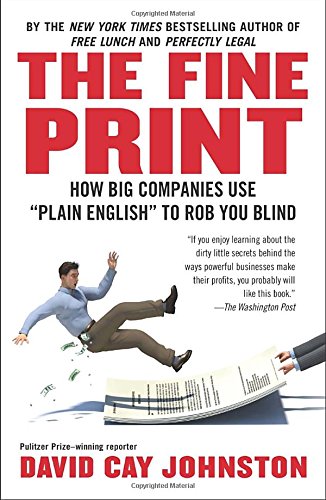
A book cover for The Fine Print: How Big Companies Use "Plain English" to Rob You Blind; David Cay Johnston; Law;